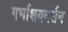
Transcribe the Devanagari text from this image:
गर्भाशयदर्शन